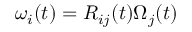
\omega _ { i } ( t ) = R _ { i j } ( t ) \Omega _ { j } ( t )